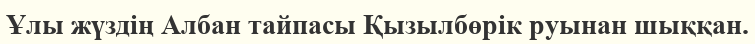
Ұлы жүздің Албан тайпасы Қызылбөрік руынан шыққан.